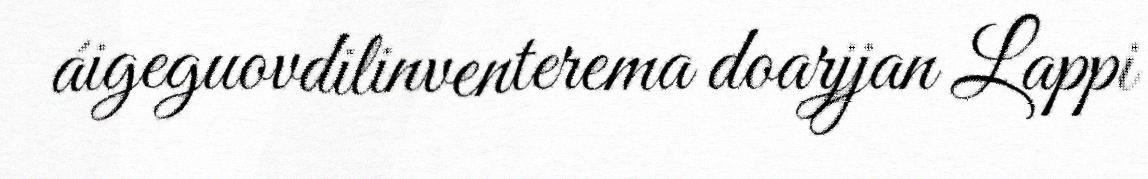
áigeguovdilinventerema doarjjan Lappi